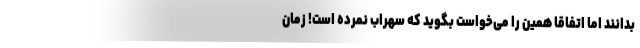
بدانند اما اتفاقا همین را می‌خواست بگوید که سهراب نمرده است! زمان